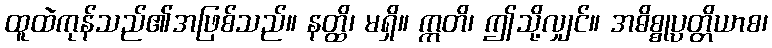
ထူထဲကုန်သည်၏အဖြစ်သည်။ နတ္ထိ၊ မရှိ။ ဣတိ၊ ဤသို့လျှင်။ အဓိစ္စုပ္ပတ္တိယာစ၊